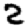
Digit: 2